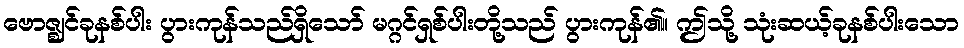
ဗောဇ္ဈင်ခုနစ်ပါး ပွားကုန်သည်ရှိသော် မဂ္ဂင်ရှစ်ပါးတို့သည် ပွားကုန်၏။ ဤသို့ သုံးဆယ့်ခုနစ်ပါးသော